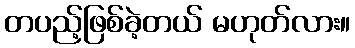
တပည့်ဖြစ်ခဲ့တယ် မဟုတ်လား။